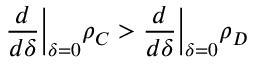
\frac { d } { d \delta } \Big \vert _ { \delta = 0 } \rho _ { C } > \frac { d } { d \delta } \Big \vert _ { \delta = 0 } \rho _ { D }